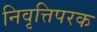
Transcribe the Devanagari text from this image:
निवृत्तिपरक